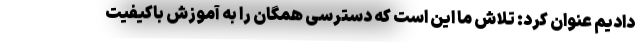
دادیم عنوان کرد: تلاش ما این است که دسترسی همگان را به آموزش باکیفیت